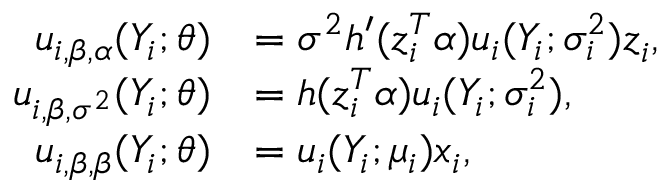
\begin{array} { r l } { \boldsymbol { u } _ { i , \beta , \boldsymbol { \alpha } } ( Y _ { i } ; \boldsymbol { \theta } ) } & { = \sigma ^ { 2 } h ^ { \prime } ( \boldsymbol { z } _ { i } ^ { T } \boldsymbol { \alpha } ) u _ { i } ( Y _ { i } ; \sigma _ { i } ^ { 2 } ) \boldsymbol { z } _ { i } , } \\ { u _ { i , \beta , \sigma ^ { 2 } } ( Y _ { i } ; \boldsymbol { \theta } ) } & { = h ( \boldsymbol { z } _ { i } ^ { T } \boldsymbol { \alpha } ) u _ { i } ( Y _ { i } ; \sigma _ { i } ^ { 2 } ) , } \\ { \boldsymbol { u } _ { i , \beta , \boldsymbol { \beta } } ( Y _ { i } ; \boldsymbol { \theta } ) } & { = u _ { i } ( Y _ { i } ; \mu _ { i } ) \boldsymbol { x } _ { i } , } \end{array}